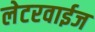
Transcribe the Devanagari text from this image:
लेटरवाईज